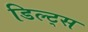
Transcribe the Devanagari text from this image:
डिल्ट्स